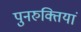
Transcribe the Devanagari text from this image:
पुनरुक्तियां